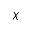
\chi